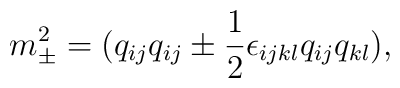
m_{\pm}^2 = (q_{i j} q_{i j} \pm {1\over 2}\epsilon_{i j k l}q_{i  j}q_{k l}),